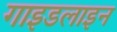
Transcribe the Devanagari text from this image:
गाइडलाइन